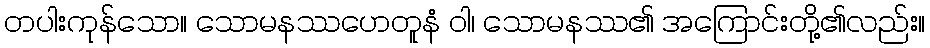
တပါးကုန်သော။ သောမနဿဟေတူနံ ဝါ၊ သောမနဿ၏ အကြောင်းတို့၏လည်း။